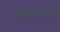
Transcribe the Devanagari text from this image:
करन्बे